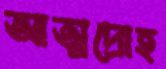
আত্মদ্রোহ